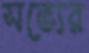
সভ্যের